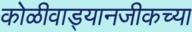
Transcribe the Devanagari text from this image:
कोळीवाड्यानजीकच्या